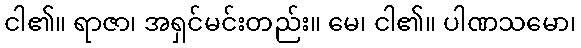
ငါ၏။ ရာဇာ၊ အရှင်မင်းတည်း။ မေ၊ ငါ၏။ ပါဏသမော၊